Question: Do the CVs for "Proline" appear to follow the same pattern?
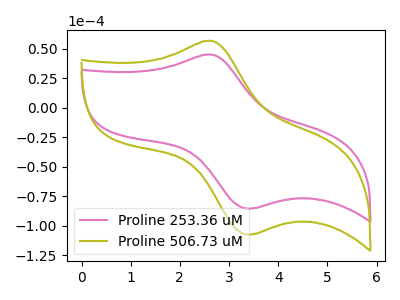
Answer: <think>The pink curve "Proline 253.36 uM" has an anodic peak at (2.60V, 45.15uA) and a cathodic peak at (3.45V, -85.45uA). The olive curve "Proline 506.73 uM" has an anodic peak at (2.60V, 56.75uA) and a cathodic peak at (3.45V, -107.40uA).
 All the peaks in "Proline 253.36 uM" have a peak in "Proline 506.73 uM" at the same potential. Every peak in "Proline 253.36 uM" is lower than every peak in "Proline 506.73 uM".</think>
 <answer>All the CV's of "Proline" have similar shape.</answer>
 <eval>follow_rule</eval>